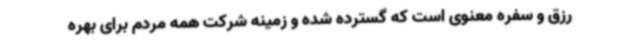
رزق و سفره معنوی است که گسترده شده و زمینه شرکت همه مردم برای بهره